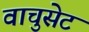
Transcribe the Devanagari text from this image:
वाचुसेट